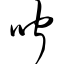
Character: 咛